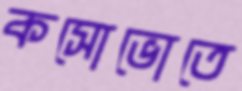
কসোভোতে